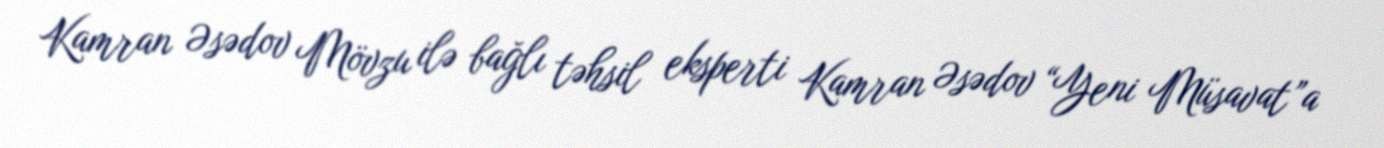
Kamran Əsədov Mövzu ilə bağlı təhsil eksperti Kamran Əsədov “Yeni Müsavat”a